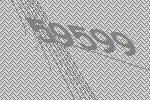
59599